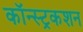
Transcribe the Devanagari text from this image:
कॉन्स्ट्रकशन